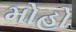
મોહો